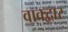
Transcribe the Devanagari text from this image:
वाक्द्वार